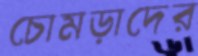
চোমড়াদের